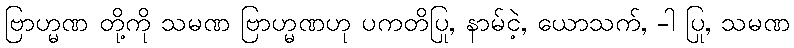
ဗြာဟ္မဏ တို့ကို သမဏ ဗြာဟ္မဏဟု ပကတိပြု, နာမ်ငဲ့, ယောသက်, -ါ ပြု, သမဏ